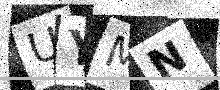
Text: UYMN